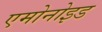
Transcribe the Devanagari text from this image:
एमोनोइड